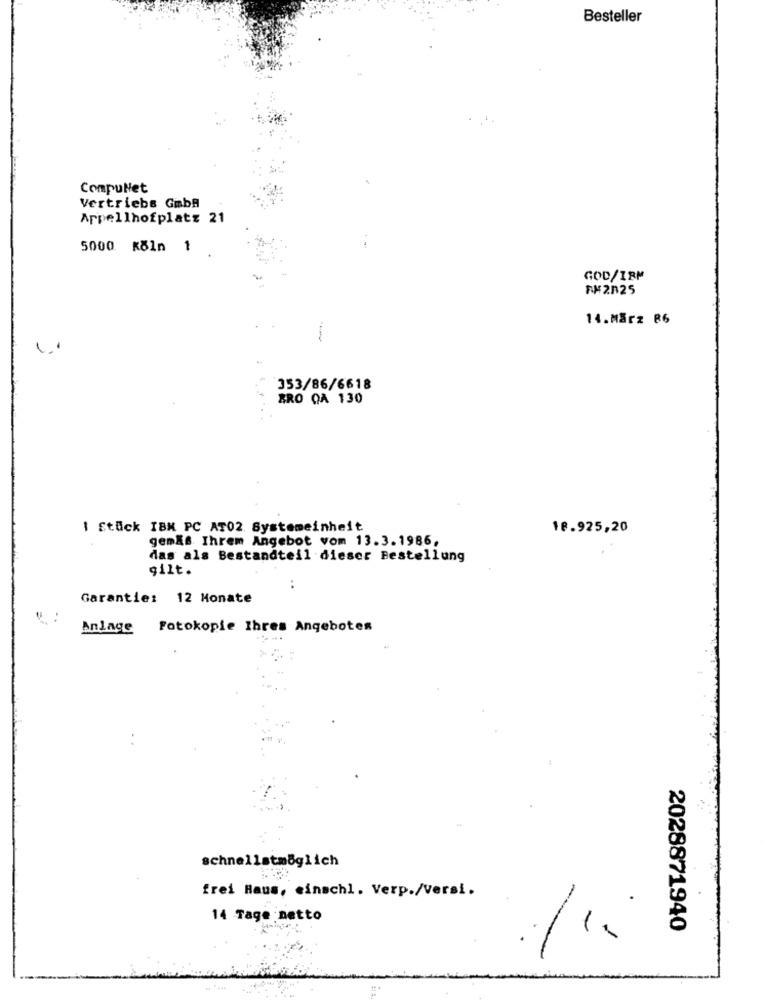
Besteller
CompuNet
Vertriebs Gmbh
Appellhofplatz 21
5000 Köln 1
GOD/IRM
FM2825
14.März B6
353/86/6618
BRO QA 130
1 Stück IBM PC AT02. Systemeinheit
18.925,20
gemÃ& Ihrem Angebot vom 13.3.1986.
das als Bestandteil dieser Bestellung
gilt.
..
Garantie: 12 Monate
Anlage Fotokopie Ihres Angebotes
schnellstmöglich
frei Haus, einschl. Verp./versi.
14 Tage netto
2028871940